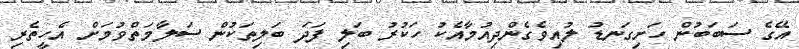
އޭގެ ސަބަބުން ހަށިގަނޑު ލުއިވެގެންދިއުމާއެކު ހަކުރު ބަލި ފަދަ ބަލިތަކުން ސަލާމަތްވުމަށް އެހީތެރި